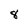
Character: 8